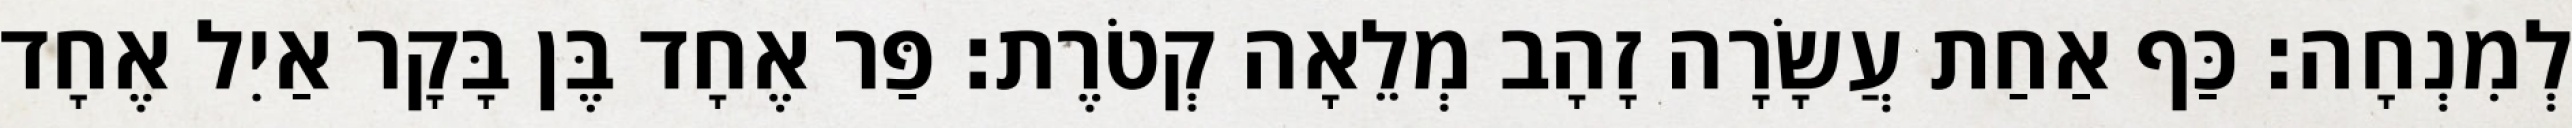
לְמִנְחָה׃ כַּף אַחַת עֲשָׂרָה זָהָב מְלֵאָה קְטֹרֶת׃ פַּר אֶחָד בֶּן בָּקָר אַיִל אֶחָד